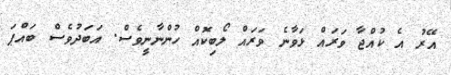
އޭރު އެ ކުއްޖާ ވަރައް ޅަވާނެ ވަރައް ލޯބިކޮއް ހުންނާނީވެސް. އަބަދުވެސް ބައްޕަ